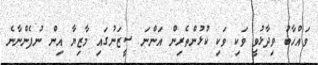
ވައްހާބު ވިދާޅުވީ ވަކި ވަކި ކުޅުންތެރިން އަންނަ ސީޒަނުގައި މާޒިޔާ އިން ނުފެންނާނެ